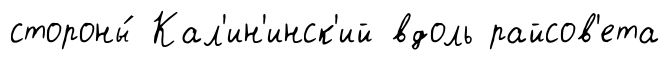
стороны́ Кал'ин'инск'ий вдоль райсов'ета